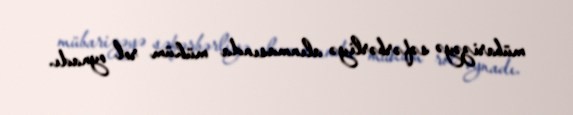
mübarizəyə səfərbərliyə alınmasında mühüm rol oynadı.